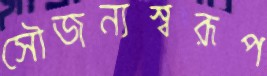
সৌজন্যস্বরূপ